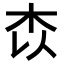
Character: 𭩟